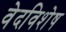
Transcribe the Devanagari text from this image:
वेदविशेष